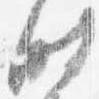
時